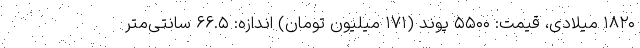
۱۸۲۰ میلادی، قیمت: ۵۵۰۰ پوند (۱۷۱ میلیون تومان) اندازه: ۶۶.۵ سانتی‌متر